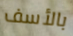
بالأسف